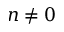
n \neq 0